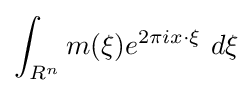
\int _{R^{n}}m(\xi )e^{2\pi ix\cdot \xi }\ d\xi